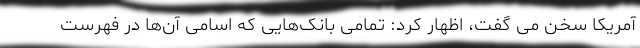
آمریکا سخن می گفت، اظهار کرد: تمامی بانک‌هایی که اسامی آن‌ها در فهرست